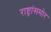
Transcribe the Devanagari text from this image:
राष्ट्रांसमोर